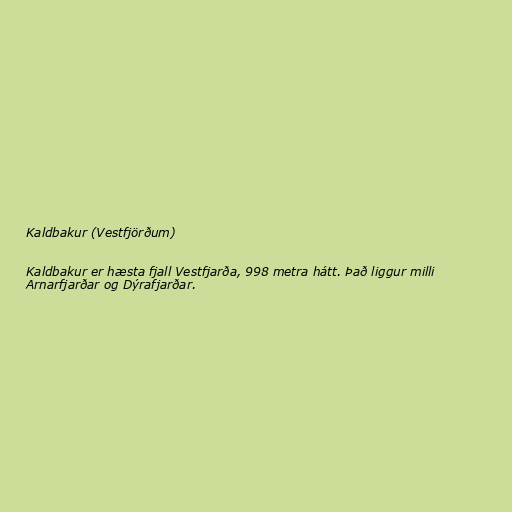
Kaldbakur (Vestfjörðum)

Kaldbakur er hæsta fjall Vestfjarða, 998 metra hátt. Það liggur milli
Arnarfjarðar og Dýrafjarðar.